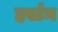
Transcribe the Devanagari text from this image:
हर्स्टन